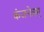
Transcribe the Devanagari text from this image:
कंजनेत्रम्‌